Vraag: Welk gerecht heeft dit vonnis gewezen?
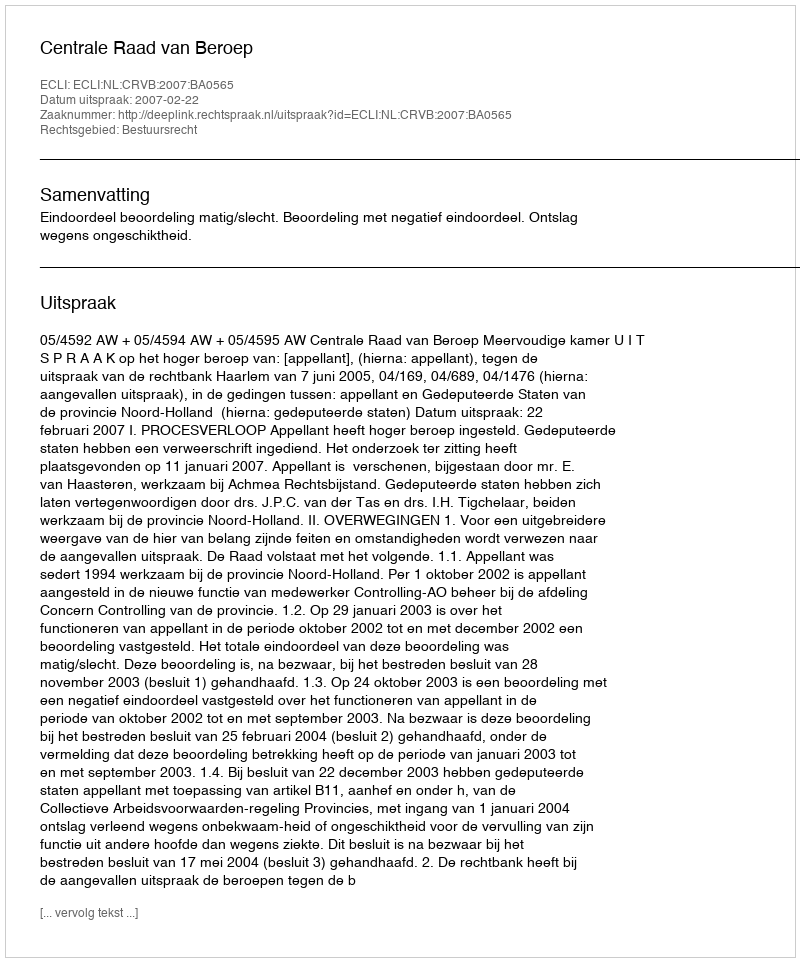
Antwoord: Centrale Raad van Beroep